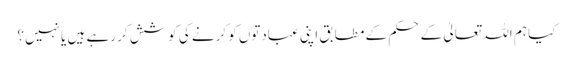
کیا ہم اللہ تعالیٰ کے حکم کے مطابق اپنی عبادتوں کو کرنے کی کوشش کر رہے ہیں یا نہیں؟